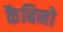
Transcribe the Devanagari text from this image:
कैबिनो